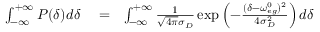
\begin{array} { r l r } { \int _ { - \infty } ^ { + \infty } P ( \delta ) d \delta } & { { } = } & { \int _ { - \infty } ^ { + \infty } \frac { 1 } { \sqrt { 4 \pi } \sigma _ { D } } \exp \left( - \frac { ( \delta - \omega _ { e g } ^ { 0 } ) ^ { 2 } } { 4 \sigma _ { D } ^ { 2 } } \right) d \delta } \end{array}